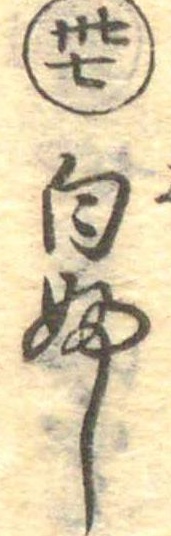
卅七白ふし